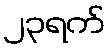
၂၃ရက်